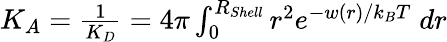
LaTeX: \begin{array}{r}{K_{A}=\frac{1}{K_{D}}=4\pi\int_{0}^{R_{Shell}}r^{2}e^{-w(r)/k_{B}T}\; dr}\end{array}